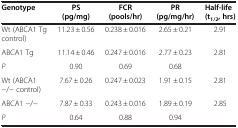
<table><thead><tr><td><b>Genotype</b></td><td><b>PS (pg/mg)</b></td><td><b>FCR (pools/hr)</b></td><td><b>PR (pg/mg/hr)</b></td><td><b>Half-life(t<sub>1/2</sub>, hrs)</b></td></tr></thead><tbody><tr><td>Wt (ABCA1 Tg control)</td><td>11.23 ± 0.56</td><td>0.238 ± 0.016</td><td>2.65 ± 0.21</td><td>2.91</td></tr><tr><td>ABCA1 Tg</td><td>11.14 ± 0.46</td><td>0.247 ± 0.016</td><td>2.77 ± 0.23</td><td>2.81</td></tr><tr><td><i>P</i></td><td>0.90</td><td>0.69</td><td>0.68</td><td> </td></tr><tr><td>Wt (ABCA1 −/− control)</td><td>7.67 ± 0.26</td><td>0.247 ± 0.023</td><td>1.91 ± 0.15</td><td>2.81</td></tr><tr><td>ABCA1 −/−</td><td>7.87 ± 0.33</td><td>0.243 ± 0.016</td><td>1.89 ± 0.19</td><td>2.85</td></tr><tr><td><i>P</i></td><td>0.64</td><td>0.88</td><td>0.94</td><td> </td></tr></tbody></table>